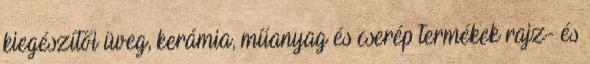
kiegészítői üveg, kerámia, műanyag és cserép termékek rajz- és